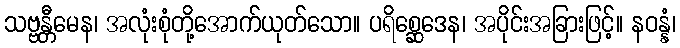
သဗ္ဗန္တီမေန၊ အလုံးစုံတို့အောက်ယုတ်သော။ ပရိစ္ဆေဒေန၊ အပိုင်းအခြားဖြင့်။ နဝန္နံ၊